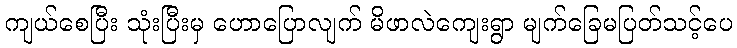
ကျယ်စေပြီး သုံးပြီးမှ ဟောပြောလျက် မိဖာလဲကျေးရွာ မျက်ခြေမပြတ်သင့်ပေ